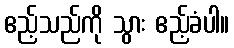
ဧည့်သည်ကို သွား ဧည့်ခံပါ။